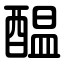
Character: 醖